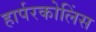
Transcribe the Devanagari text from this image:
हार्परकोलिंस